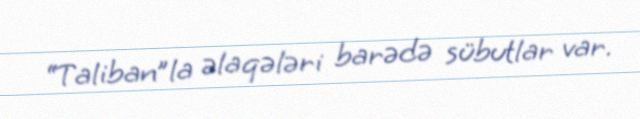
“Taliban”la əlaqələri barədə sübutlar var.